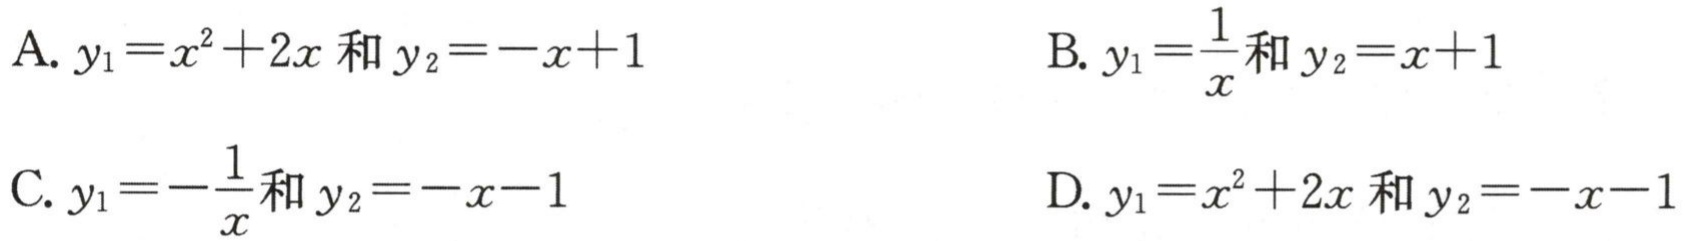
A. $y_{1}=x^{2}+2x和y_{2}=-x + 1$

B. $y_{1}=\frac{1}{x}和y_{2}=x + 1$

C. $y_{1}=-\frac{1}{x}和y_{2}=-x - 1$

D. $y_{1}=x^{2}+2x和y_{2}=-x - 1$